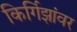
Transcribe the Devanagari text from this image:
किर्गिझांवर